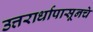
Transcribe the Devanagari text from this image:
उत्तरार्धापासूनचे